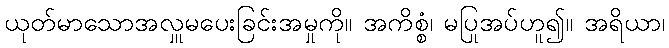
ယုတ်မာသောအလှူမပေးခြင်းအမှုကို။ အကိစ္စံ၊ မပြုအပ်ဟူ၍။ အရိယာ၊